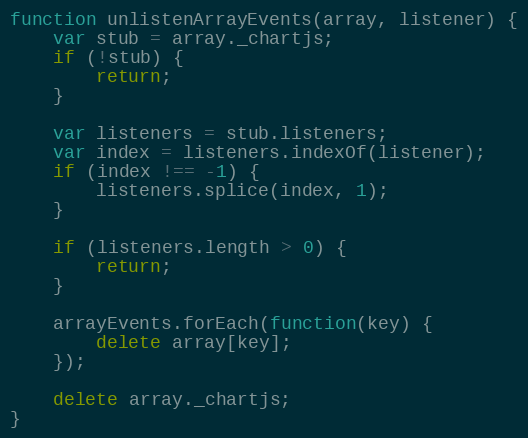
Language: JavaScript
function unlistenArrayEvents(array, listener) {
	var stub = array._chartjs;
	if (!stub) {
		return;
	}

	var listeners = stub.listeners;
	var index = listeners.indexOf(listener);
	if (index !== -1) {
		listeners.splice(index, 1);
	}

	if (listeners.length > 0) {
		return;
	}

	arrayEvents.forEach(function(key) {
		delete array[key];
	});

	delete array._chartjs;
}